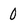
Character: 0